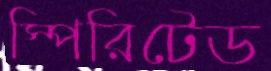
স্পিরিটেড